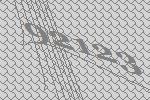
92123